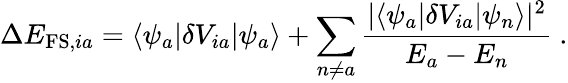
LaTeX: \Delta E_{\mathrm{FS},ia}=\langle\psi_{a}|\delta V_{ia}|\psi_{a}\rangle+\sum_{n\neq a}\frac{|\langle\psi_{a}|\delta V_{ia}|\psi_{n}\rangle|^{2}}{E_{a}-E_{n}}\ .